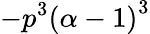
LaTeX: -p^{3}\left(\alpha-1\right)^{3}